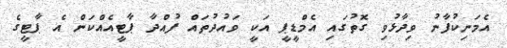
އެމަނިކުފާނު ވިދާޅުވި ގޮތުގައި އެމްޑީޕީ އަކީ ވައުދުތައް ފުއްދާ ޕާޓީއެއްކަން އެ ޕާޓީގެ